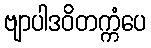
ဗျာပါဒဝိတက္ကံပေ